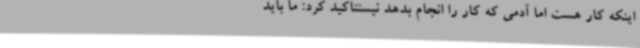
اینکه کار هست اما آدمی که کار را انجام بدهد نیستتاکید کرد: ما باید